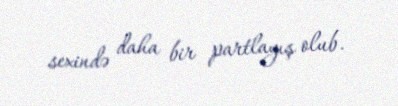
sexində daha bir partlayış olub.